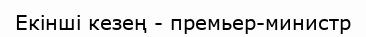
Екінші кезең - премьер-министр